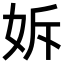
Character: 𡛴